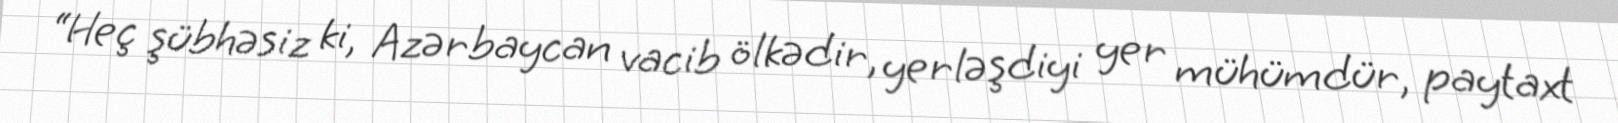
“Heç şübhəsiz ki, Azərbaycan vacib ölkədir, yerləşdiyi yer mühümdür, paytaxt